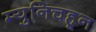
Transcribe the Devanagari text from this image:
म्युनिचहून